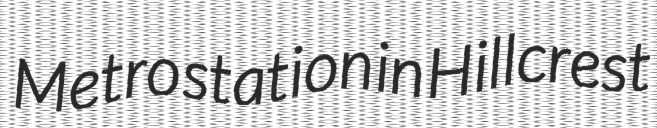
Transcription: Metro station in Hillcrest